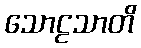
သောဠသာတိ